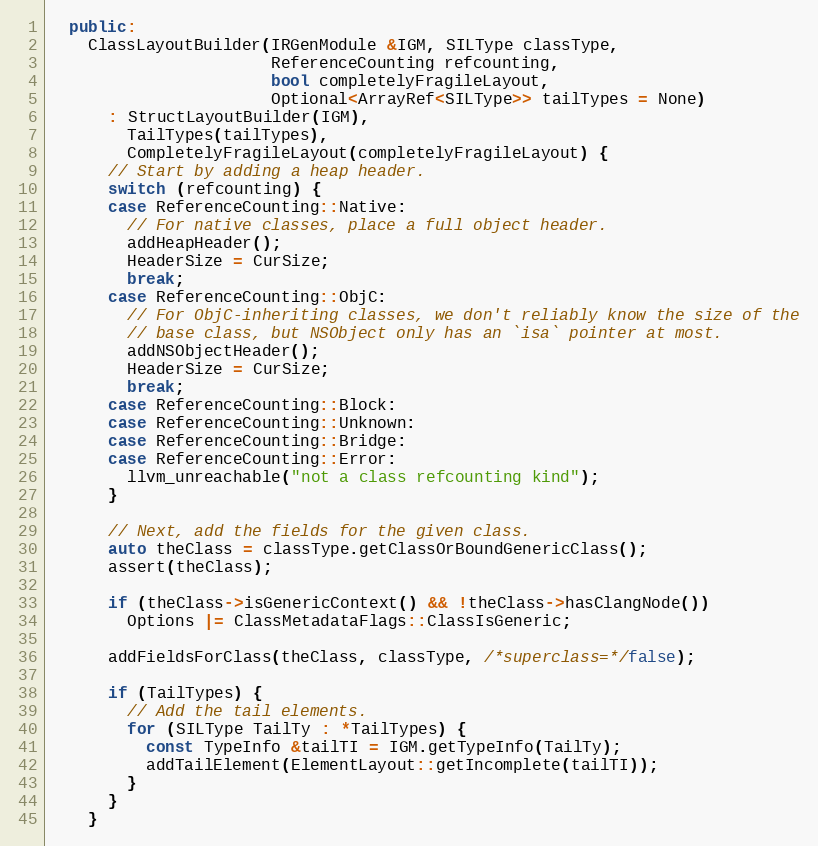
Language: C++
  public:
    ClassLayoutBuilder(IRGenModule &IGM, SILType classType,
                       ReferenceCounting refcounting,
                       bool completelyFragileLayout,
                       Optional<ArrayRef<SILType>> tailTypes = None)
      : StructLayoutBuilder(IGM),
        TailTypes(tailTypes),
        CompletelyFragileLayout(completelyFragileLayout) {
      // Start by adding a heap header.
      switch (refcounting) {
      case ReferenceCounting::Native:
        // For native classes, place a full object header.
        addHeapHeader();
        HeaderSize = CurSize;
        break;
      case ReferenceCounting::ObjC:
        // For ObjC-inheriting classes, we don't reliably know the size of the
        // base class, but NSObject only has an `isa` pointer at most.
        addNSObjectHeader();
        HeaderSize = CurSize;
        break;
      case ReferenceCounting::Block:
      case ReferenceCounting::Unknown:
      case ReferenceCounting::Bridge:
      case ReferenceCounting::Error:
        llvm_unreachable("not a class refcounting kind");
      }

      // Next, add the fields for the given class.
      auto theClass = classType.getClassOrBoundGenericClass();
      assert(theClass);

      if (theClass->isGenericContext() && !theClass->hasClangNode())
        Options |= ClassMetadataFlags::ClassIsGeneric;

      addFieldsForClass(theClass, classType, /*superclass=*/false);

      if (TailTypes) {
        // Add the tail elements.
        for (SILType TailTy : *TailTypes) {
          const TypeInfo &tailTI = IGM.getTypeInfo(TailTy);
          addTailElement(ElementLayout::getIncomplete(tailTI));
        }
      }
    }